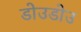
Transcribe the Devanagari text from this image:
डोउडोउ